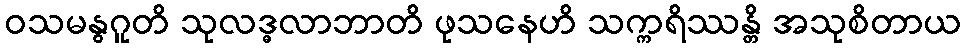
ဝသမနွဂူတိ သုလဒ္ဓလာဘာတိ ဖုသနေဟိ သက္ကရိဿန္တိ အသုစိတာယ